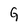
Character: G